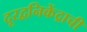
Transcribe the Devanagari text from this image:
दूरद्वनिकेंद्राची